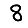
Digit: 8